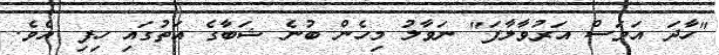
"ހާދަ އަވަސް އަރުވާލާފަ" ނަވާލު މިހެން ބުނެ ޝަބާގެ އަތުގައި ހިފި އެވެ.